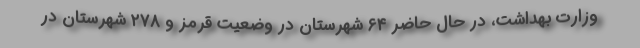
وزارت بهداشت، در حال حاضر ۶۴ شهرستان در وضعیت قرمز و ۲۷۸ شهرستان در